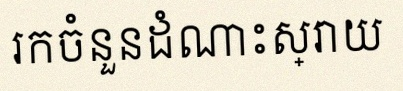
រកចំនួនដំណោះស្រាយ